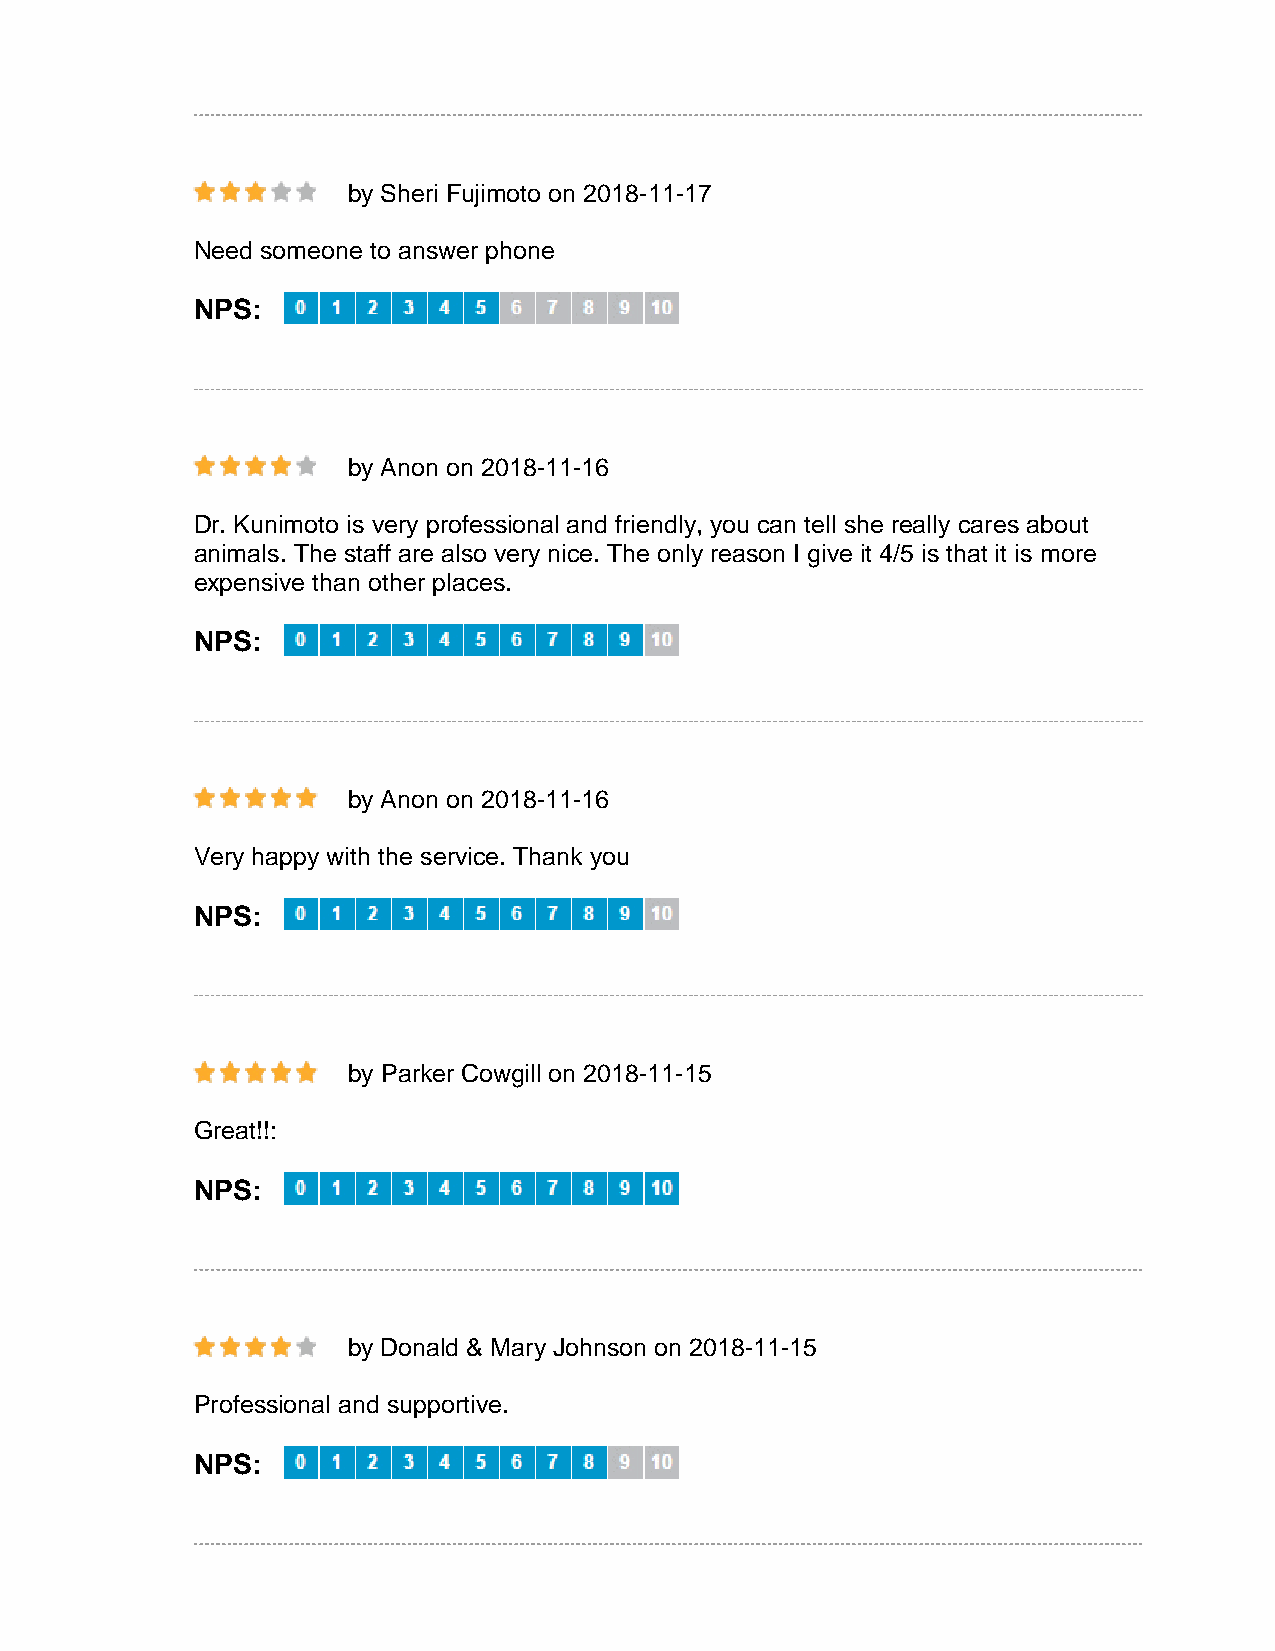
by Sheri Fujimoto on 2018-11-17
 Need someone to answer phone
 NPS:
 by Anon on 2018-11-16
 Dr. Kunimoto is very professional and friendly, you can tell she really cares about
 animals. The staff are also very nice. The only reason I give it 4/5 is that it is more
 expensive than other places.
 NPS:
 by Anon on 2018-11-16
 Very happy with the service. Thank you
 NPS:
 by Parker Cowgill on 2018-11-15
 Great!!:
 NPS:
 by Donald & Mary Johnson on 2018-11-15
 Professional and supportive.
 NPS: